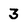
Character: 3